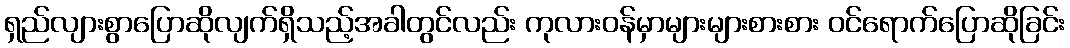
ရှည်လျားစွာပြောဆိုလျက်ရှိသည့်အခါတွင်လည်း ကုလားဝန်မှာများများစားစား ဝင်ရောက်ပြောဆိုခြင်း